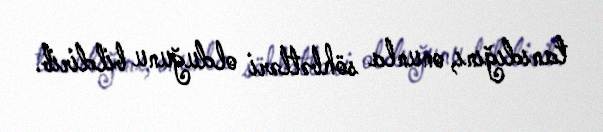
tanıdığını, onunla söhbətləri olduğunu bildirib.